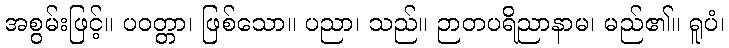
အစွမ်းဖြင့်။ ပဝတ္တာ၊ ဖြစ်သော။ ပညာ၊ သည်။ ဉာတပရိညာနာမ၊ မည်၏။ ရူပံ၊